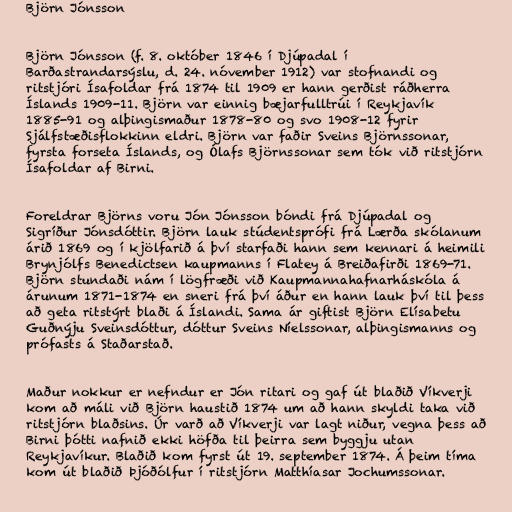
Björn Jónsson

Björn Jónsson (f. 8. október 1846 í Djúpadal í
Barðastrandarsýslu, d. 24. nóvember 1912) var stofnandi og
ritstjóri Ísafoldar frá 1874 til 1909 er hann gerðist ráðherra
Íslands 1909-11. Björn var einnig bæjarfulltrúi í Reykjavík
1885-91 og alþingismaður 1878-80 og svo 1908-12 fyrir
Sjálfstæðisflokkinn eldri. Björn var faðir Sveins Björnssonar,
fyrsta forseta Íslands, og Ólafs Björnssonar sem tók við ritstjórn
Ísafoldar af Birni.

Foreldrar Björns voru Jón Jónsson bóndi frá Djúpadal og
Sigríður Jónsdóttir. Björn lauk stúdentsprófi frá Lærða skólanum
árið 1869 og í kjölfarið á því starfaði hann sem kennari á heimili
Brynjólfs Benedictsen kaupmanns í Flatey á Breiðafirði 1869-71.
Björn stundaði nám í lögfræði við Kaupmannahafnarháskóla á
árunum 1871-1874 en sneri frá því áður en hann lauk því til þess
að geta ritstýrt blaði á Íslandi. Sama ár giftist Björn Elísabetu
Guðnýju Sveinsdóttur, dóttur Sveins Níelssonar, alþingismanns og
prófasts á Staðarstað.

Maður nokkur er nefndur er Jón ritari og gaf út blaðið Víkverji
kom að máli við Björn haustið 1874 um að hann skyldi taka við
ritstjórn blaðsins. Úr varð að Víkverji var lagt niður, vegna þess að
Birni þótti nafnið ekki höfða til þeirra sem byggju utan
Reykjavíkur. Blaðið kom fyrst út 19. september 1874. Á þeim tíma
kom út blaðið Þjóðólfur í ritstjórn Matthíasar Jochumssonar.